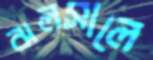
ঝলসালে